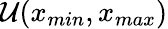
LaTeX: \mathcal{U}(x_{min},x_{max})